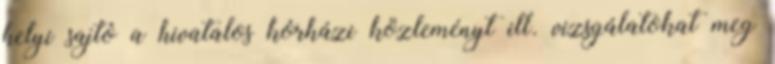
helyi sajtó a hivatalos kórházi közleményt ill. vizsgálatokat meg